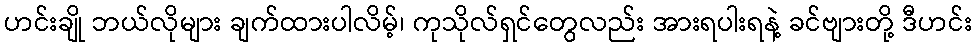
ဟင်းချို ဘယ်လိုများ ချက်ထားပါလိမ့်၊ ကုသိုလ်ရှင်တွေလည်း အားရပါးရနဲ့ ခင်ဗျားတို့ ဒီဟင်း